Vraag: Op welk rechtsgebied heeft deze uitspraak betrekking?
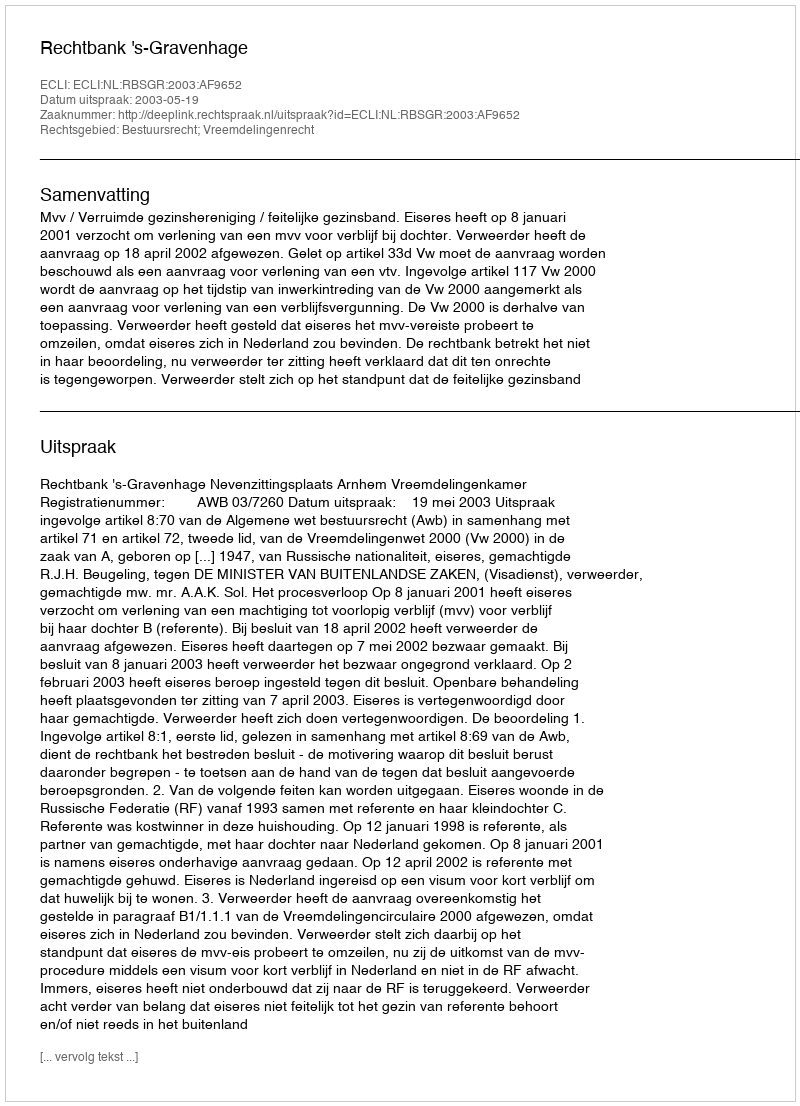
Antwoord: Bestuursrecht; Vreemdelingenrecht